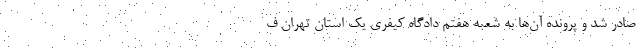
صادر شد و پرونده آن‌ها به شعبه هفتم دادگاه کیفری یک استان تهران ف